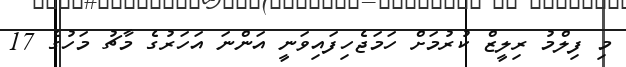
މި ފިލްމު ރިލީޒް ކުރުމަށް ހަމަޖެހިފައިވަނީ އަންނަ އަހަރުގެ މާޗު މަހުގެ 17